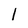
Character: l